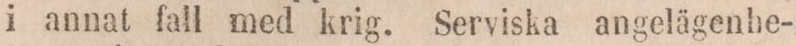
i annat fall med krig. Serviska angelägenhe-